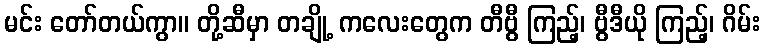
မင်း တော်တယ်ကွာ။ တို့ဆီမှာ တချို့ ကလေးတွေက တီဗွီ ကြည့်၊ ဗွီဒီယို ကြည့်၊ ဂိမ်း